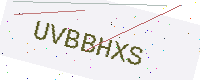
Text: UVBBHXS